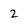
Character: 2